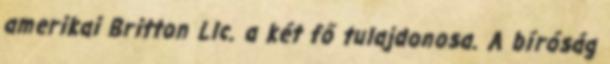
amerikai Britton Llc. a két fő tulajdonosa. A bíróság